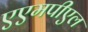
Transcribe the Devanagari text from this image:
एएमपीएल